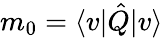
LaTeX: m_{0}=\langle v|\hat{Q}|v\rangle